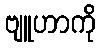
ဗျူဟာကို